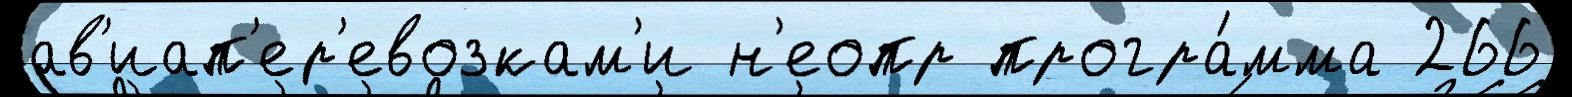
ав'иап'ер'евозкам'и н'еопр програ́мма 266